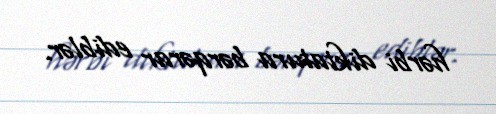
hərbi diktatura bərqərar ediblər.